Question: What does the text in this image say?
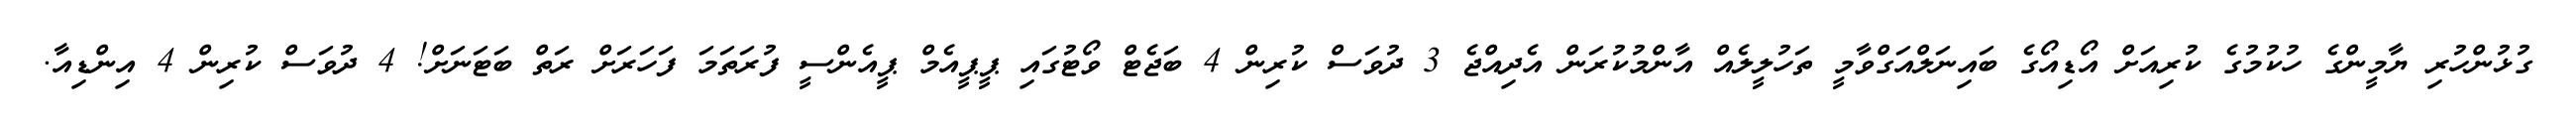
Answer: ގުޅުންހުރި ޔާމީންގެ ހުކުމުގެ ކުރިއަށް އޯޑިއޯގެ ބައިނަލްއަގްވާމީ ތަހުލީލެއް އާންމުކުރަން އެދިއްޖެ 3 ދުވަސް ކުރިން 4 ބަޖެޓް ވޯޓުގައި ޕީޕީއެމް ޕީއެންސީ ފުރަތަމަ ފަހަރަށް ރަތް ބަޓަނަށް! 4 ދުވަސް ކުރިން 4 އިންޑިއާ.